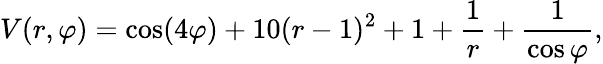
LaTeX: V(r,\varphi)=\cos(4\varphi)+10(r-1)^{2}+1+\frac{1}{r}+\frac{1}{\cos\varphi},